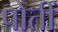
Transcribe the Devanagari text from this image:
पोतीं